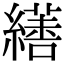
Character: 𦆏